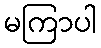
မကြာပါ